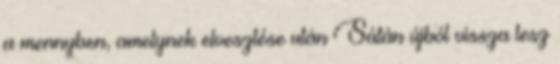
a mennyben, amelynek elvesztése után Sátán újból vissza lesz